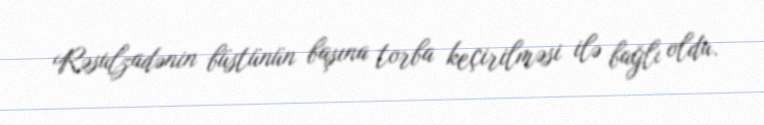
Rəsulzadənin büstünün başına torba keçirilməsi ilə bağlı oldu.